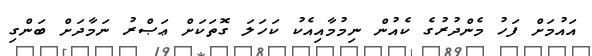
އައުމަށް ފަހު މެންދުރުގެ ކެއުން ނިމުމާއިއެކު ކަހަލަ ގޮތަކަށް ޢަޞްރު ނަމާދަށް ބަންގި